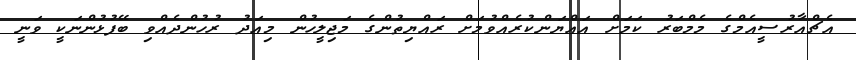
އެޗްއާރުސީއެމްގެ މެމްބަރު ކަމަށް އައްޔަންކުރެއްވުމަށް ރައްޔިތުންގެ މަޖިލީހުން މިއަދު ރުހުންދެއްވި ބޭފުޅުންނަކީ ވަނީ